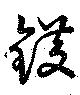
鑊